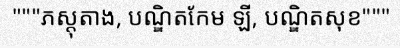
"""ភស្តុតាង, បណ្ឌិតកែម ឡី, បណ្ឌិតសុខ"""